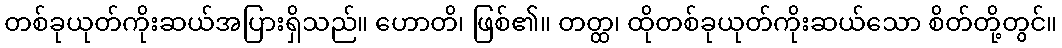
တစ်ခုယုတ်ကိုးဆယ်အပြားရှိသည်။ ဟောတိ၊ ဖြစ်၏။ တတ္ထ၊ ထိုတစ်ခုယုတ်ကိုးဆယ်သော စိတ်တို့တွင်။